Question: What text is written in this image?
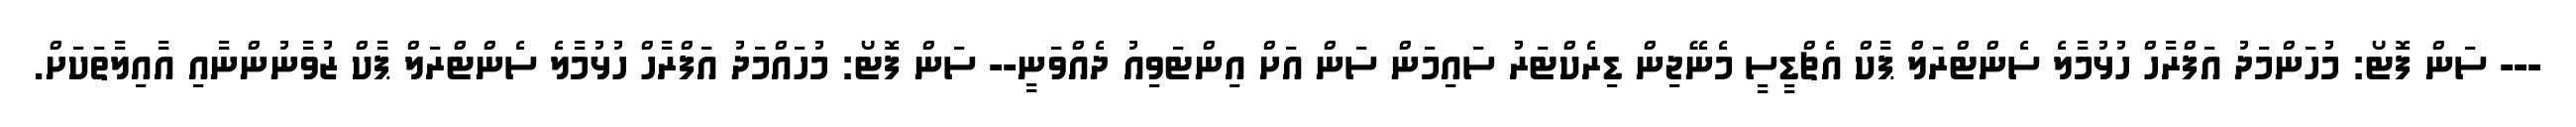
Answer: --- ސަން ފޮޓޯ: މުހަންމަދު އަފްރާހް ހުޅުމާލެ ސެންޓްރަލް ޕާކް އެޗްޑީސީ މެނޭޖިން ޑިރެކްޓަރު ސައިމަން ސަން އަށް އިންޓަވިއު ދެއްވަނީ-- ސަން ފޮޓޯ: މުހައްމަދު އަފްރާހް ހުޅުމާލެ ސެންޓްރަލް ޕާކް ޒުވާނުންނާއި އާއިލާތަކަށް.